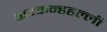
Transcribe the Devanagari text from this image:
कन्कन्हहल्ली